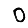
Digit: 0